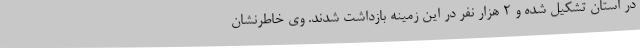
در استان تشکیل شده و 2 هزار نفر در این زمینه بازداشت شدند. وی خاطرنشان